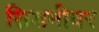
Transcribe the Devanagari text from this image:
सिडनीवर